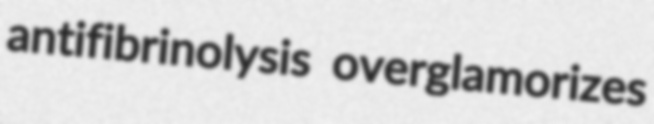
antifibrinolysis overglamorizes